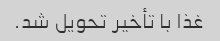
غذا با تأخیر تحویل شد.